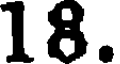
18.